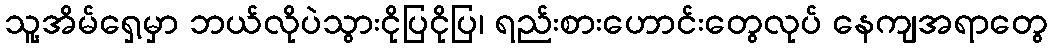
သူ့အိမ်ရှေ့မှာ ဘယ်လိုပဲသွားငိုပြငိုပြ၊ ရည်းစားဟောင်းတွေလုပ် နေကျအရာတွေ